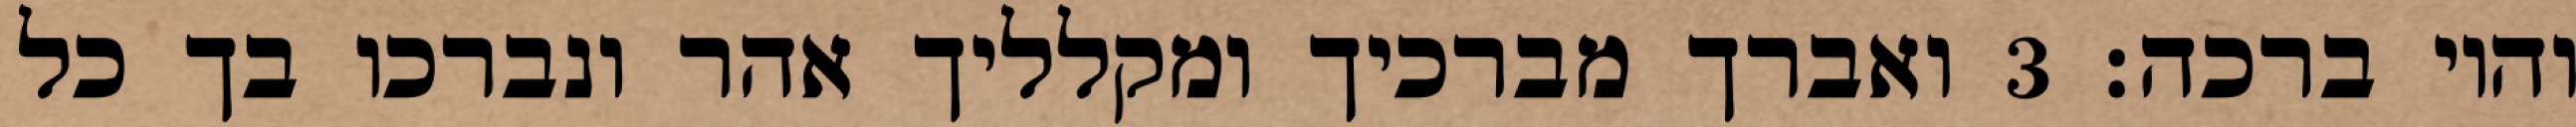
והוי ברכה׃ ‎3‏ ואברך מברכיך ומקלליך אהר ונברכו בך כל